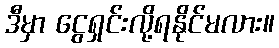
ဒီမှာ ငွေရှင်းလို့ရနိုင်မလား။